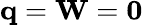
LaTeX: \mathbf{q}=\mathbf{W}=\mathbf{0}